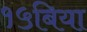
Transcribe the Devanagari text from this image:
१५बिया